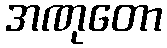
အဏုတော